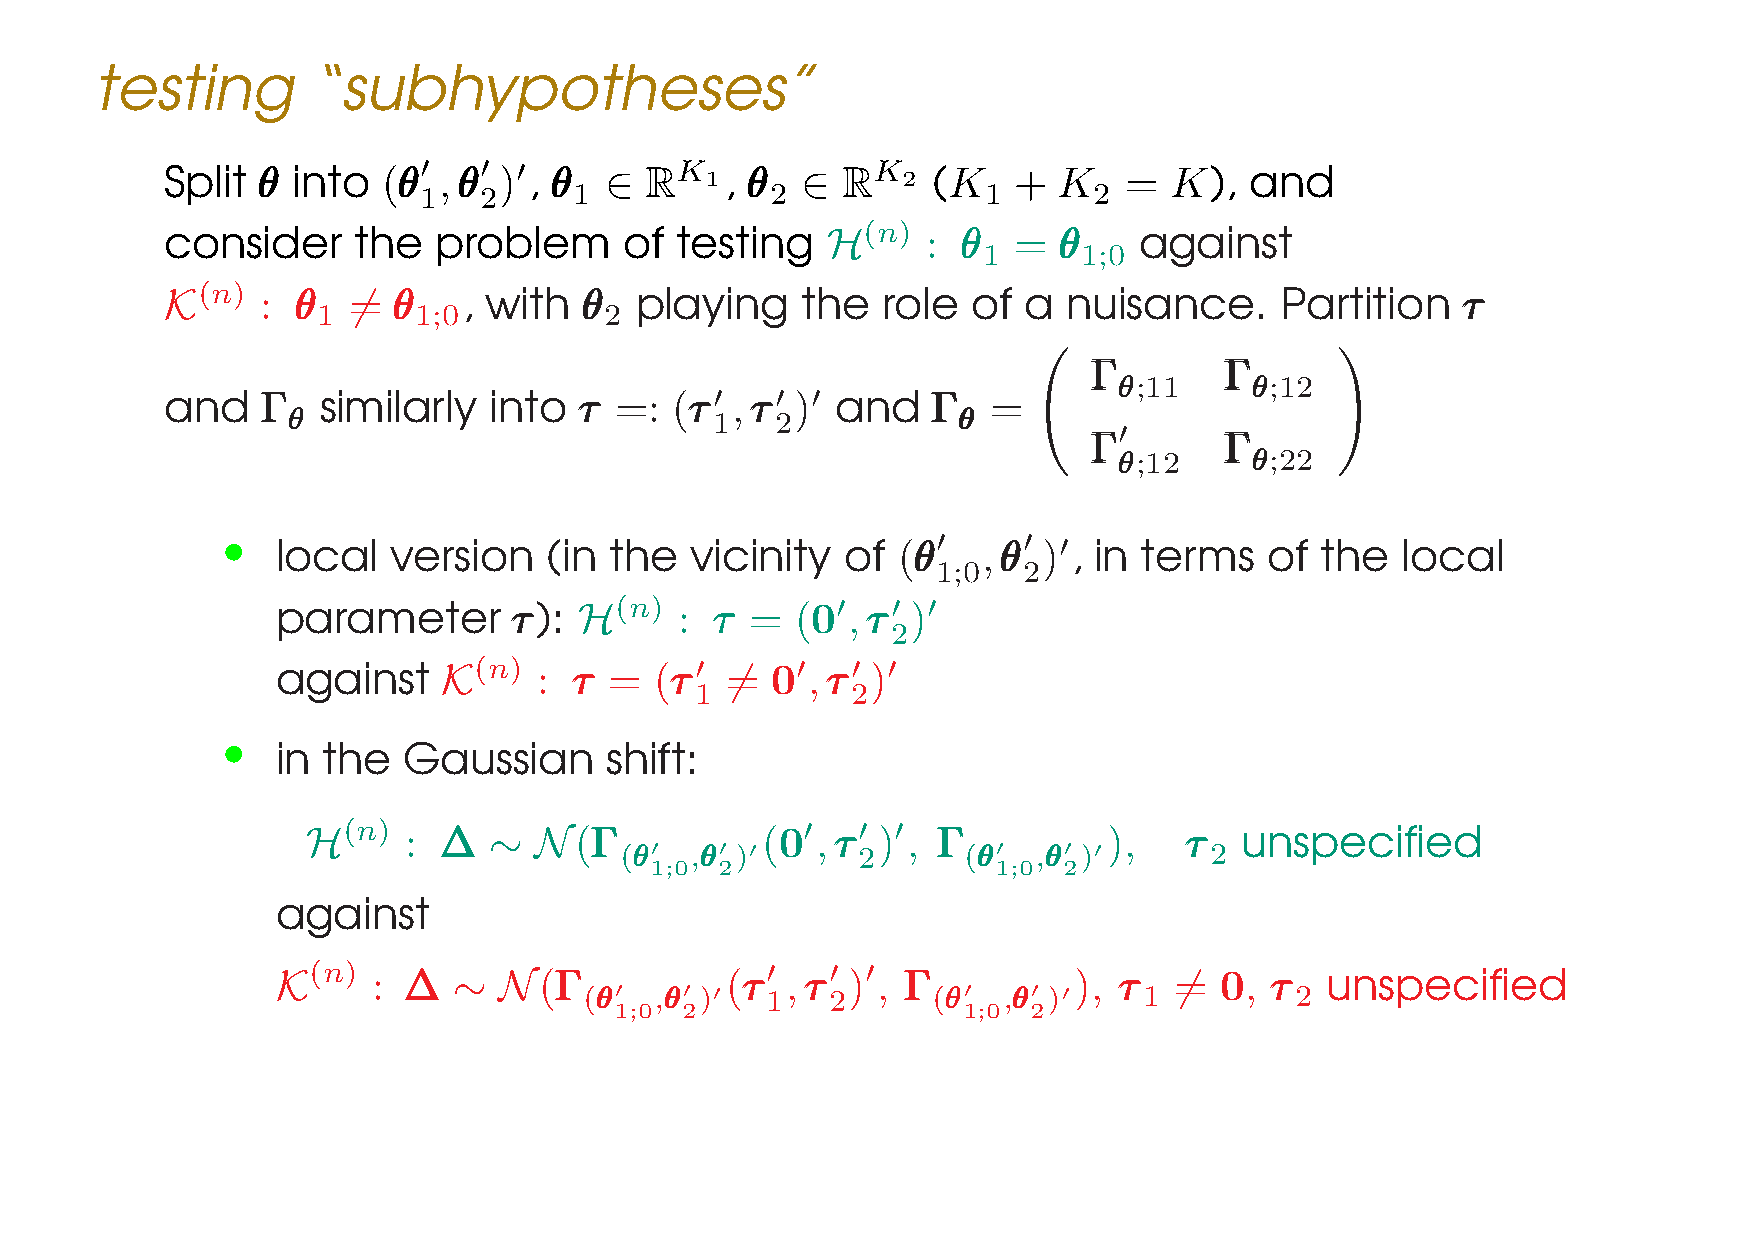
testing        “subhypotheses”
 Split θθθ into (θθθ′ ,θθθ′ )′, θθθ ∈ RK 1, θθθ ∈ RK 2 (K + K   =  K),   and
 1   2     1            2             1      2
 consider    the   problem     of  testing   H(n)  :  θθθ = θθθ  against
 1      1;0
 K(n)  : θθθ 6= θθθ  , with θθθ playing    the  role  of  a  nuisance.     Partition   τττ
 1     1;0          2
 ΓΓΓ      ΓΓΓ
 θθθ;11   θθθ;12
 and   ΓΓΓ similarly  into  τττ =: (τττ′ ,τττ′ )′ and ΓΓΓ =
 θθθ                         1   2           θθθ
 ′
 ΓΓΓ      ΓΓΓ    !
 θθθ;12   θθθ;22
 •  local   version   (in the   vicinity  of (θθθ′ ,θθθ′ )′, in terms of the   local
 1;0   2
 parameter       τττ): H(n) : τττ = (0′,τττ′ )′
 2
 against    K(n)   : τττ = (τττ′ 6= 0′,τττ′ )′
 1         2
 •
 in the   Gaussian     shift:
 (n)                          0′   ′ ′
 H      : ∆∆∆ ∼ N(ΓΓΓ          (   ,τττ ) , ΓΓΓ       ),   τττ unspecified
 (θθθ′ ,θθθ′ )′  2      (θθθ′ ,θθθ′ )′  2
 1;0  2                 1;0 2
 against
 (n)                            ′   ′ ′                       0
 K      : ∆∆∆ ∼ N(ΓΓΓ          (τττ ,τττ ) , ΓΓΓ      ), τττ 6=  , τττ unspecified
 (θθθ′ ,θθθ′ )′ 1 2     (θθθ′ ,θθθ′ )′ 1        2
 1;0 2                  1;0 2
 LE CAM’S ASYMPTOTIC THEORY IN A NUTSHELL –p.38/46